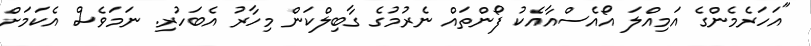
"އަހަރެމެންގެ އަމިއްލަ އޯއެސްއާއެކު ފޯންތައް ނެރުމުގެ ގާބިލްކަން މިހާރު އެބަހުރި. ނަމަވެސް އެކަމަށް